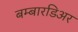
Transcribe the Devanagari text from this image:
बम्बारडिअर